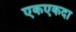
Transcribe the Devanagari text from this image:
एकएकदा